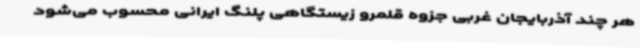
هر چند آذربایجان غربی جزوه قلمرو زیستگاهی پلنگ ایرانی محسوب می‌شود